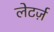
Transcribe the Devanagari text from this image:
लेटर्ज़